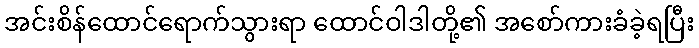
အင်းစိန်ထောင်ရောက်သွားရာ ထောင်ဝါဒါတို့၏ အစော်ကားခံခဲ့ရပြီး